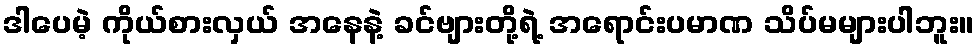
ဒါပေမဲ့ ကိုယ်စားလှယ် အနေနဲ့ ခင်ဗျားတို့ရဲ့ အရောင်းပမာဏ သိပ်မများပါဘူး။